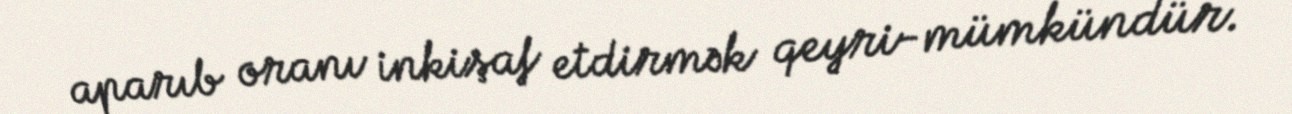
aparıb oranı inkişaf etdirmək qeyri-mümkündür.